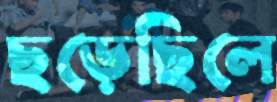
ছড়েছিলে